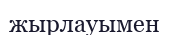
жырлауымен